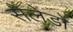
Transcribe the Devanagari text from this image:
सेलेडो